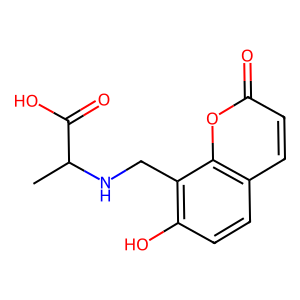
SMILES: CC(NCc1c(O)ccc2ccc(=O)oc12)C(=O)O
Inhibits HIV replication: No